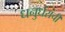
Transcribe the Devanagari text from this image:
धनुर्धरांची